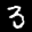
Label: 3